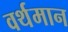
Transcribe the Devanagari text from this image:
वर्थमान